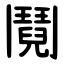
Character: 鬩